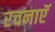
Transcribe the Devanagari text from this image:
रचनाएॅ